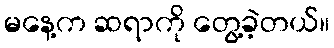
မနေ့က ဆရာကို တွေ့ခဲ့တယ်။